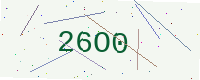
Text: 26O0